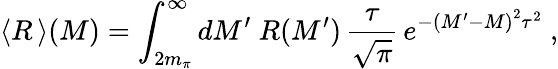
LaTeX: \langle R\, \rangle(M)=\int_{2m_{\pi}}^{\infty}dM^{\prime}~R(M^{\prime})\, \frac{\tau}{\sqrt{\pi}}\, e^{-\left(M^{\prime}-M\right)^{2}\tau^{2}}\ ,